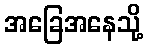
အခြေအနေသို့